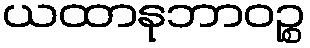
ယထာနုဘာဝဉ္စ